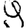
Digit: 9